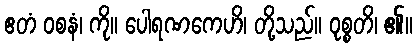
ဧတံ ဝစနံ၊ ကို။ ပေါရဏကေဟိ၊ တို့သည်။ ဝုစ္စတိ၊ ၏။